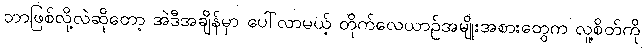
ဘာဖြစ်လို့လဲဆိုတော့ အဲဒီအချိန်မှာ ပေါ်လာမယ့် တိုက်လေယာဉ်အမျိုးအစားတွေက လူ့စိတ်ကို